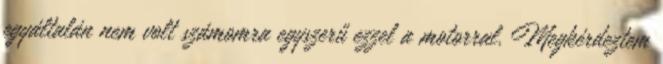
egyáltalán nem volt számomra egyszerű ezzel a motorral. Megkérdeztem